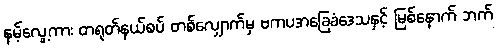
နမ့်လွေ့ကား တရုတ်နယ်စပ် တစ်လျှောက်မှ ဗကပအခြေခံဒေသနှင့် မြစ်နောက် ဘက်